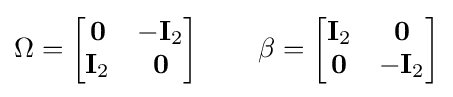
\Omega ={\begin{bmatrix}{\mathbf {0} }&-{\mathbf {I} _{2}}\\{\mathbf {I} _{2}}&{\mathbf {0} }\end{bmatrix}}\,\qquad \beta ={\begin{bmatrix}{\mathbf {I} _{2}}&{\mathbf {0} }\\{\mathbf {0} }&-{\mathbf {I} _{2}}\end{bmatrix}}